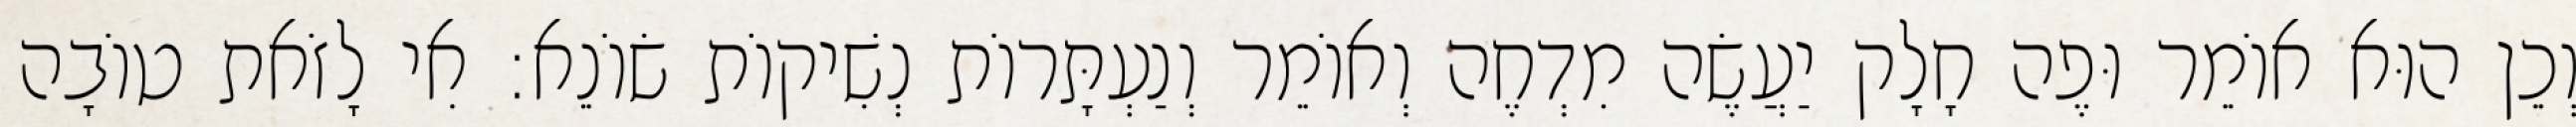
וְכֵן הוּא אוֹמֵר וּפֶה חָלָק יַעֲשֶׂה מִדְחֶה וְאוֹמֵר וְנַעְתָּרוֹת נְשִׁיקוֹת שׂוֹנֵא: אִי לָזֹאת טוֹבָה